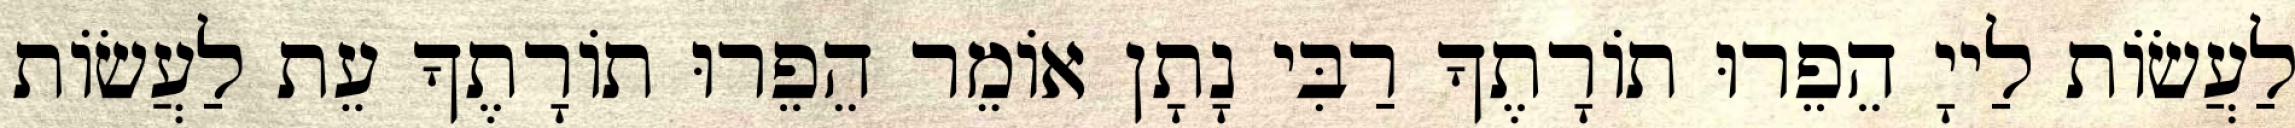
לַעֲשׂוֹת לַייָ הֵפֵרוּ תוֹרָתֶךָ רַבִּי נָתָן אוֹמֵר הֵפֵרוּ תוֹרָתֶךָ עֵת לַעֲשׂוֹת